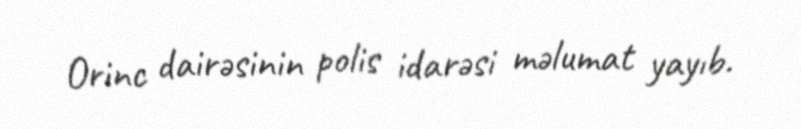
Orinc dairəsinin polis idarəsi məlumat yayıb.